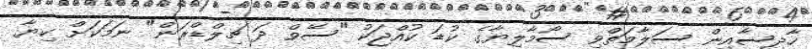
ހާދިސާއިން ސަލާމަތްވި ސޯމާލިޔާގެ ކުޑަ ކުއްޖަކު "ސޭވް ދަ ޗިލްޑްރަން" ނަމަކަށް ކިޔާ